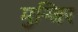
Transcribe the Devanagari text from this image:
मुन्जिर